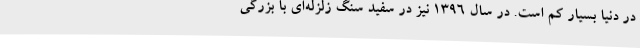
در دنیا بسیار کم است. در سال 1396 نیز در سفید سنگ زلزله‌ای با بزرگی